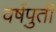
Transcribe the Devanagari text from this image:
वर्षपुर्ती